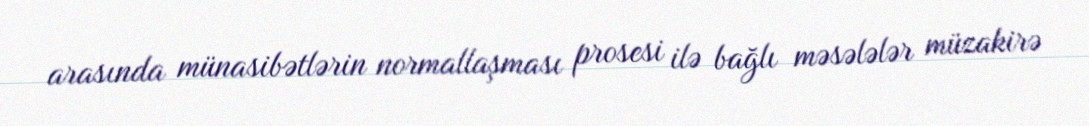
arasında münasibətlərin normallaşması prosesi ilə bağlı məsələlər müzakirə